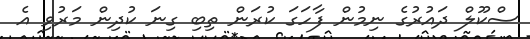
ސްކޫލް ދައުރުގެ ނިމުން ފާހަގަ ކުރަން ތިބި ގިނަ ކުދިން މަރުވި އެ